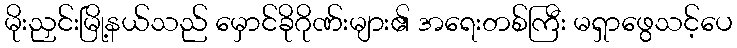
မိုးညှင်းမြို့နယ်သည် မှောင်ခိုဂိုဏ်းများ၏ အရေးတစ်ကြီး မရှာဖွေသင့်ပေ